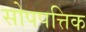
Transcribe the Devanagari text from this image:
सोपपत्तिक